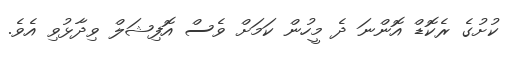
ކުށުގެ ރެކޮޑް އޮންނަ ދެ މީހުން ކަމަށް ވެސް އޮފިޝަލް ވިދާޅުވި އެވެ.